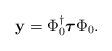
LaTeX: \begin{align*}{\bf y} = \Phi_0^\dagger \mbox{\boldmath$\tau$} \Phi_0.\end{align*}